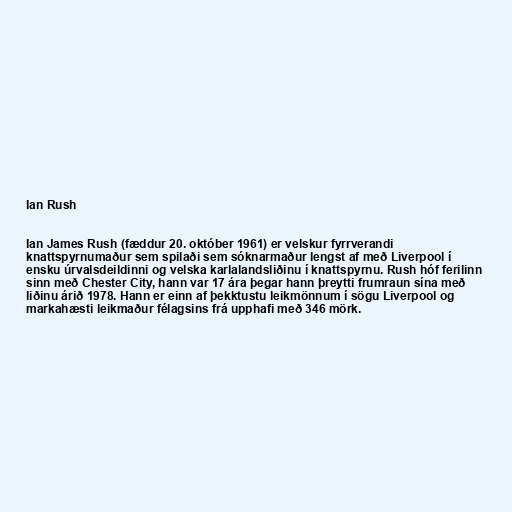
Ian Rush

Ian James Rush (fæddur 20. október 1961) er velskur fyrrverandi
knattspyrnumaður sem spilaði sem sóknarmaður lengst af með Liverpool í
ensku úrvalsdeildinni og velska karlalandsliðinu í knattspyrnu. Rush hóf ferilinn
sinn með Chester City, hann var 17 ára þegar hann þreytti frumraun sína með
liðinu árið 1978. Hann er einn af þekktustu leikmönnum í sögu Liverpool og
markahæsti leikmaður félagsins frá upphafi með 346 mörk.